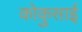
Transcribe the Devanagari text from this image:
कोकुसाई